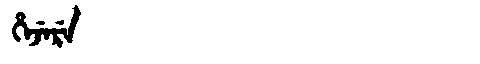
Manchu: ᡥᡝᠵᡝᡵᡝ
Romanization: HEJERE